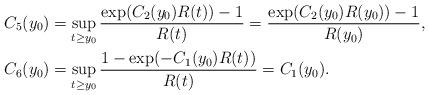
LaTeX: \begin{align*}C_5(y_0)&=\sup_{t\ge y_0}\frac{\exp(C_2(y_0)R(t))-1}{R(t)}=\frac{\exp(C_2(y_0)R(y_0))-1}{R(y_0)},\\C_6(y_0)&=\sup_{t\ge y_0}\frac{1-\exp(-C_1(y_0)R(t))}{R(t)}=C_1(y_0).\end{align*}